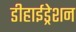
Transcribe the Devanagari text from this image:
डीहाईड्रेशन